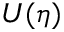
U ( \eta )